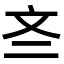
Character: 𫿭